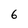
Character: 6